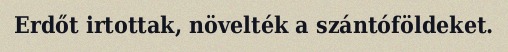
Erdőt irtottak, növelték a szántóföldeket.